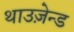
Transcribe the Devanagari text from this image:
थाउज़ेन्ड